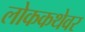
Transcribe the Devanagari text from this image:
लोककथेवर